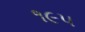
૧૯૫